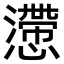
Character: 懘